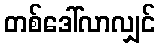
တစ်ဒေါ်လာလျှင်